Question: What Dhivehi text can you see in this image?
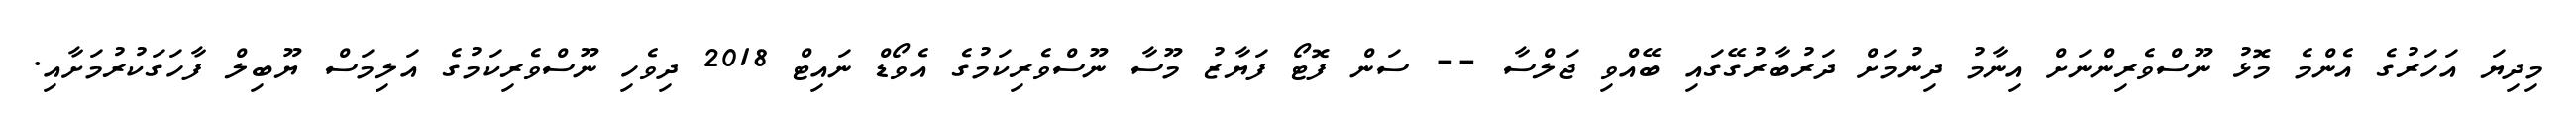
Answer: މިދިޔަ އަހަރުގެ އެންމެ މޮޅު ނޫސްވެރިންނަށް އިނާމު ދިނުމަށް ދަރުބާރުގޭގައި ބޭއްވި ޖަލްސާ -- ސަން ފޮޓޯ ފަޔާޒު މޫސާ ނޫސްވެރިކަމުގެ އެވޯޑް ނައިޓް 2018 ދިވެހި ނޫސްވެރިކަމުގެ އަލިމަސް ޔޫބިލް ފާހަގަކުރުމަށާއި.